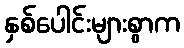
နှစ်ပေါင်းများစွာက